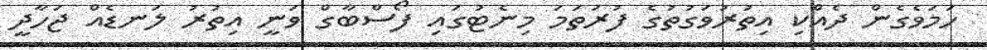
ހަމަވެގެން ދެއްކި އިތުރުވަގުތުގެ ފުރަތަމަ މިނެޓުގައި ފޯސްބާގް ވަނީ އިތުރު ލަނޑެއް ޖަހާދީ